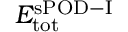
E _ { \mathrm { t o t } } ^ { \mathrm { s P O D - I } }